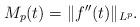
LaTeX: \begin{align*}M_p(t) = \|f''(t)\|_{L^p}.\end{align*}